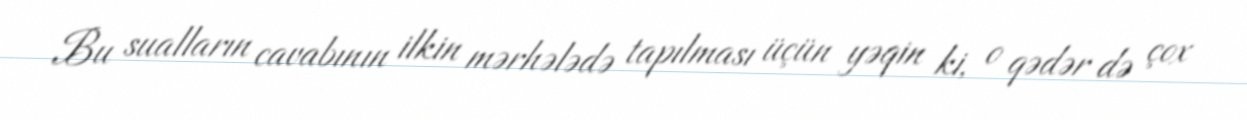
Bu sualların cavabının ilkin mərhələdə tapılması üçün yəqin ki, o qədər də çox